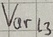
Text: Varl3